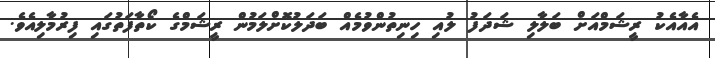
އެއާއެކު ރީޝަމްއަށް ބަލާލި ޝަދަފު ލުއި ހިނިތުންވުމެއް ބަދަލުކޮށްލަމުން ރީޝަމްގެ ކޯތާފަތުގައި ފިރުމާލިއެވެ.